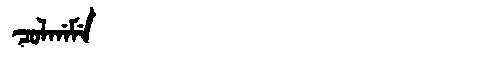
Manchu: ᠴᠣᠯᡤᠠᠮᡝ
Romanization: COLGAME